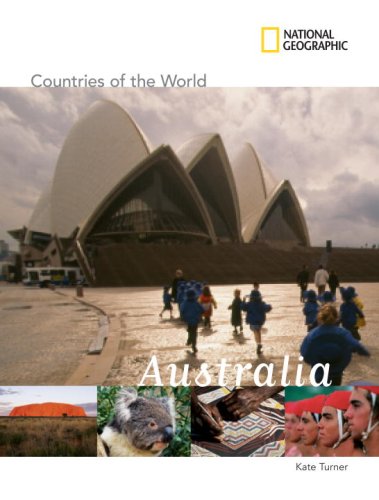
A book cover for National Geographic Countries of the World: Australia; Kate Turner; Children's Books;